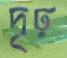
দৃঢ়